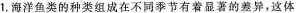
1，海洋鱼类的种类组成在不同季节有着显著的差异，这体